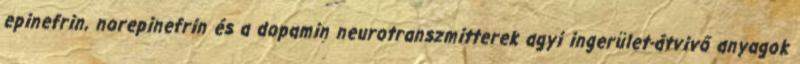
epinefrin, norepinefrin és a dopamin neurotranszmitterek agyi ingerület-átvivő anyagok